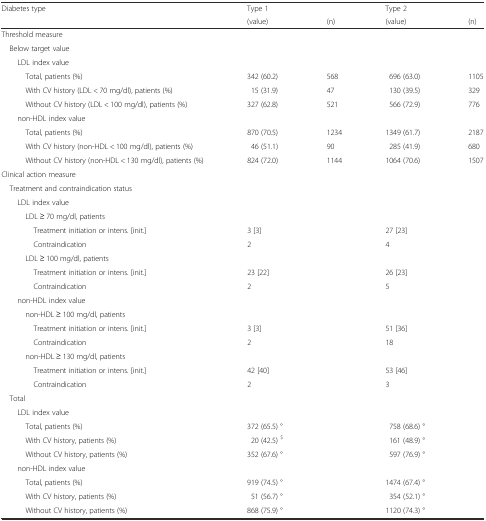
<table><thead><tr><td rowspan="2"><b>Diabetes type</b></td><td><b>Type 1</b></td><td></td><td><b>Type 2</b></td><td></td></tr><tr><td><b>(value)</b></td><td><b>(n)</b></td><td><b>(value)</b></td><td><b>(n)</b></td></tr></thead><tbody><tr><td colspan="5">Threshold measure</td></tr><tr><td> Below target value</td><td></td><td></td><td></td><td></td></tr><tr><td>LDL index value</td><td></td><td></td><td></td><td></td></tr><tr><td>Total, patients (%)</td><td>342 (60.2)</td><td>568</td><td>696 (63.0)</td><td>1105</td></tr><tr><td>With CV history (LDL &lt; 70 mg/dl), patients (%)</td><td>15 (31.9)</td><td>47</td><td>130 (39.5)</td><td>329</td></tr><tr><td>Without CV history (LDL &lt; 100 mg/dl), patients (%)</td><td>327 (62.8)</td><td>521</td><td>566 (72.9)</td><td>776</td></tr><tr><td>non-HDL index value</td><td></td><td></td><td></td><td></td></tr><tr><td>Total, patients (%)</td><td>870 (70.5)</td><td>1234</td><td>1349 (61.7)</td><td>2187</td></tr><tr><td>With CV history (non-HDL &lt; 100 mg/dl), patients (%)</td><td>46 (51.1)</td><td>90</td><td>285 (41.9)</td><td>680</td></tr><tr><td>Without CV history (non-HDL &lt; 130 mg/dl), patients (%)</td><td>824 (72.0)</td><td>1144</td><td>1064 (70.6)</td><td>1507</td></tr><tr><td colspan="5">Clinical action measure</td></tr><tr><td> Treatment and contraindication status</td><td></td><td></td><td></td><td></td></tr><tr><td>LDL index value</td><td></td><td></td><td></td><td></td></tr><tr><td>LDL ≥ 70 mg/dl, patients</td><td></td><td></td><td></td><td></td></tr><tr><td>Treatment initiation or intens. [init.]</td><td>3 [3]</td><td></td><td>27 [23]</td><td></td></tr><tr><td>Contraindication</td><td>2</td><td></td><td>4</td><td></td></tr><tr><td>LDL ≥ 100 mg/dl, patients</td><td></td><td></td><td></td><td></td></tr><tr><td>Treatment initiation or intens. [init.]</td><td>23 [22]</td><td></td><td>26 [23]</td><td></td></tr><tr><td>Contraindication</td><td>2</td><td></td><td>5</td><td></td></tr><tr><td>non-HDL index value</td><td></td><td></td><td></td><td></td></tr><tr><td>non-HDL ≥ 100 mg/dl, patients</td><td></td><td></td><td></td><td></td></tr><tr><td>Treatment initiation or intens. [init.]</td><td>3 [3]</td><td></td><td>51 [36]</td><td></td></tr><tr><td>Contraindication</td><td>2</td><td></td><td>18</td><td></td></tr><tr><td>non-HDL ≥ 130 mg/dl, patients</td><td></td><td></td><td></td><td></td></tr><tr><td>Treatment initiation or intens. [init.]</td><td>42 [40]</td><td></td><td>53 [46]</td><td></td></tr><tr><td>Contraindication</td><td>2</td><td></td><td>3</td><td></td></tr><tr><td> Total</td><td></td><td></td><td></td><td></td></tr><tr><td>LDL index value</td><td></td><td></td><td></td><td></td></tr><tr><td>Total, patients (%)</td><td>372 (65.5) °</td><td></td><td>758 (68.6) °</td><td></td></tr><tr><td>With CV history, patients (%)</td><td>20 (42.5) <sup>$</sup></td><td></td><td>161 (48.9) °</td><td></td></tr><tr><td>Without CV history, patients (%)</td><td>352 (67.6) °</td><td></td><td>597 (76.9) °</td><td></td></tr><tr><td>non-HDL index value</td><td></td><td></td><td></td><td></td></tr><tr><td>Total, patients (%)</td><td>919 (74.5) °</td><td></td><td>1474 (67.4) °</td><td></td></tr><tr><td>With CV history, patients (%)</td><td>51 (56.7) °</td><td></td><td>354 (52.1) °</td><td></td></tr><tr><td>Without CV history, patients (%)</td><td>868 (75.9) °</td><td></td><td>1120 (74.3) °</td><td></td></tr></tbody></table>